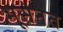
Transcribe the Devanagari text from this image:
भूसेनेत